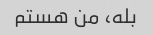
بله، من هستم